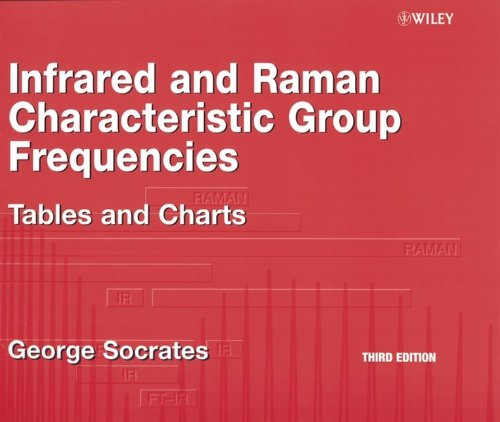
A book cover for Infrared and Raman Characteristic Group Frequencies: Tables and Charts; George Socrates; Science & Math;